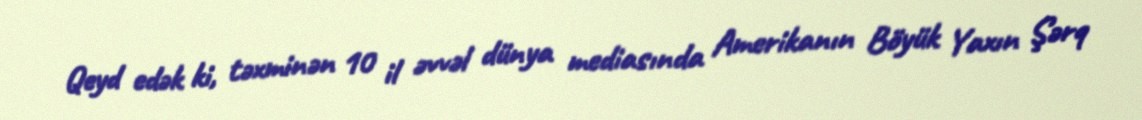
Qeyd edək ki, təxminən 10 il əvvəl dünya mediasında Amerikanın Böyük Yaxın Şərq